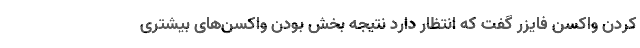
کردن واکسن فایزر گفت که انتظار دارد نتیجه بخش بودن واکسن‌های بیشتری